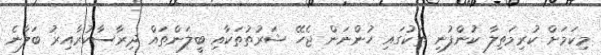
މިކަމަށް ކުރިމަތިލާ ކުންފުނި ތަކުގައި ހުންނަން ޖެހޭ ޝަރުތުތަކާއި ބީލަންތައް ދިރާސާކުރާއިރު ބަލާނެ